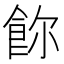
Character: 𩚸